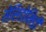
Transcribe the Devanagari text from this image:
सेसिडोमिडी